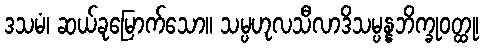
ဒသမံ၊ ဆယ်ခုမြောက်သော။ သမ္ပဟုလသီလာဒိသမ္ပန္နဘိက္ခုဝတ္ထု၊